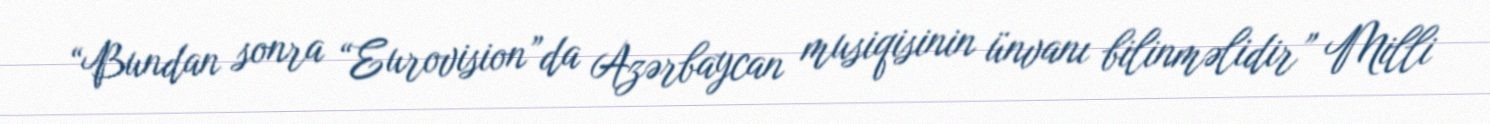
“Bundan sonra “Eurovision”da Azərbaycan musiqisinin ünvanı bilinməlidir” Milli